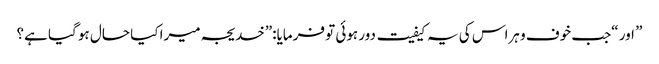
” اور “جب خوف و ہراس کی یہ کیفیت دور ہوئی تو فرمایا:”خدیجہ میرا کیا حال ہو گیا ہے؟